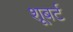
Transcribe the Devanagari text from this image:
शूबर्ट